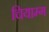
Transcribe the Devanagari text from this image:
चियाम्ग